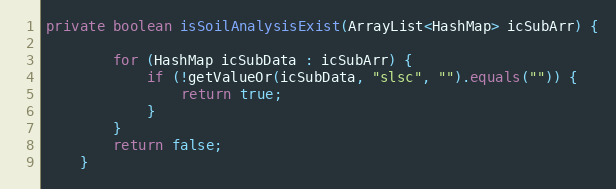
Language: Java
private boolean isSoilAnalysisExist(ArrayList<HashMap> icSubArr) {

        for (HashMap icSubData : icSubArr) {
            if (!getValueOr(icSubData, "slsc", "").equals("")) {
                return true;
            }
        }
        return false;
    }